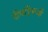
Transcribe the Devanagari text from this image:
रोपांएेवजी